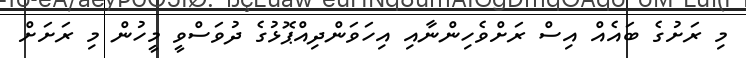
މި ރަށުގެ ބައެއް އިސް ރަށްވެހިންނާއި އިހަވަންދިއްޕޮޅުގެ ދުވަސްވީ މީހުން މި ރަށަށް